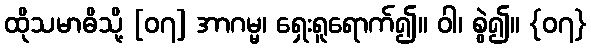
ထိုသမာဓိသို့ [၀၇] အာဂမ္မ၊ ရှေးရူရောက်၍။ ဝါ၊ စွဲ၍။ {၀၇}